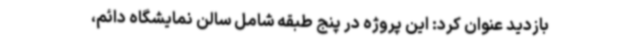
بازدید عنوان کرد: این پروژه در پنج طبقه شامل سالن نمایشگاه دائم،